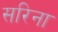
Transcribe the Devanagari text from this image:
सरिना